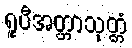
ရူပီအတ္တာသုတ္တံ